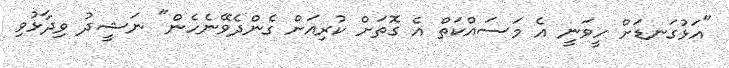
"އަޅުގަނޑަށް ހީވަނީ އެ މަސައްކަތް އެ ގޮތަށް ކުރިއަށް ގެންދެވޭނެހެން" ނަޝީދު ވިދާޅުވި